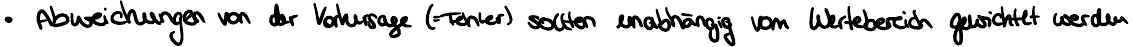
Abweichungen von der Vorhersage (=Fehler) sollten unabhängig vom Wertebereich gewichtet werden